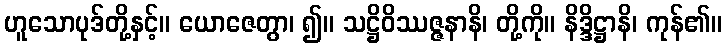
ဟူသောပုဒ်တို့နှင့်။ ယောဇေတွာ၊ ၍။ သဋ္ဌိဝိဿဇ္ဇနာနိ၊ တို့ကို။ နိဒ္ဒိဋ္ဌာနိ၊ ကုန်၏။